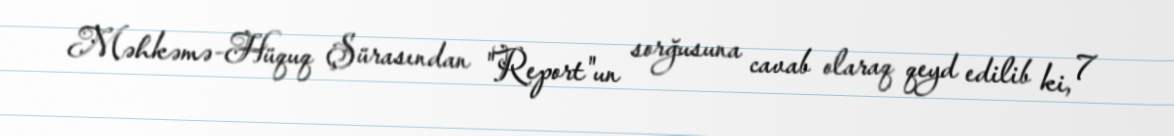
Məhkəmə-Hüquq Şürasından "Report"un sorğusuna cavab olaraq qeyd edilib ki, 7